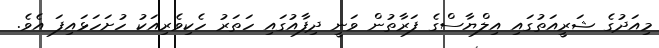
މިއަދުގެ ޝަރީއަތުގައި އިލްޔާސްގެ ފަރާތުން ވަނީ ދިފާއުގައި ހަތަރު ހެކިވެރިއަކު ހުށަހަޅައިފަ އެވެ.